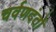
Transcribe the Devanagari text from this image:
चर्वणदंतों